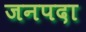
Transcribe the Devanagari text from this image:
जनपदा